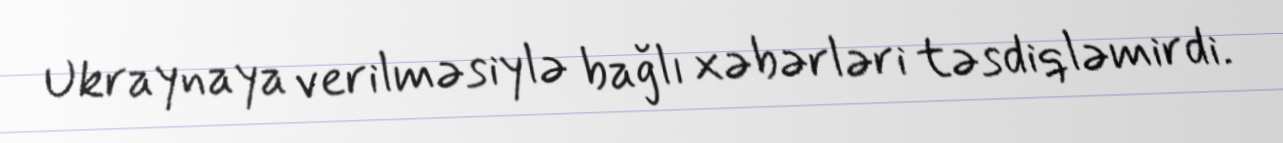
Ukraynaya verilməsiylə bağlı xəbərləri təsdiqləmirdi.